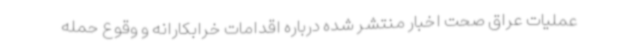
عملیات عراق صحت اخبار منتشر شده درباره اقدامات خرابکارانه و وقوع حمله